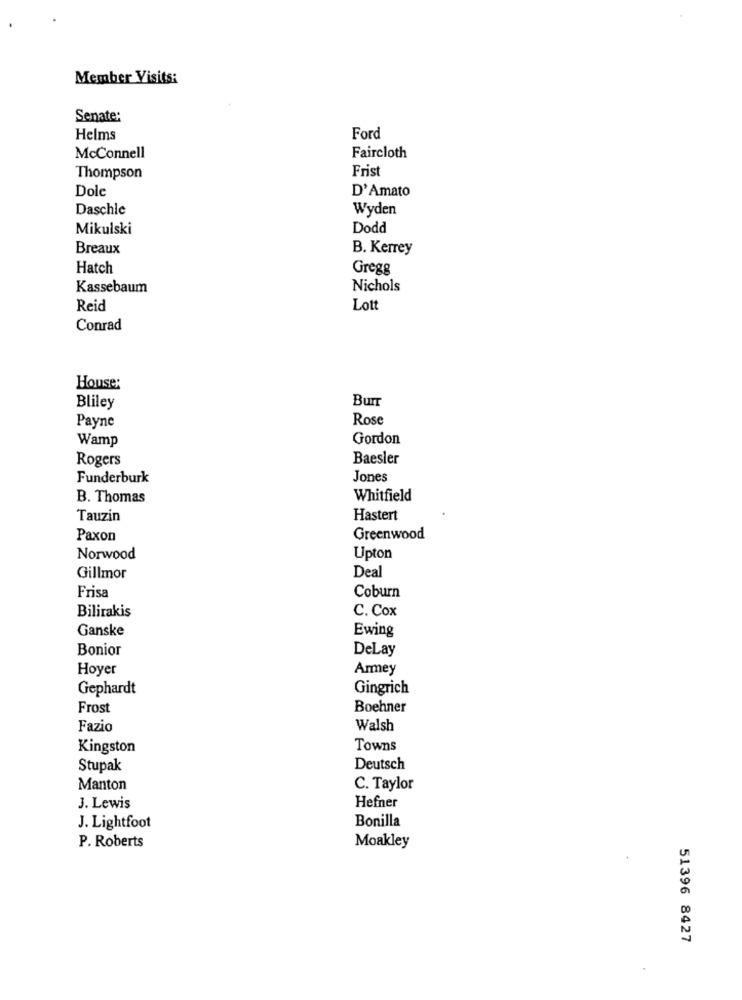
Member Visits:
Senate:
Helms
Ford
McConnell
Faircloth
Frist
Thompson
Dole
D'Amato
Daschic
Wyden
Mikulski
Dodd
Breaux
B. Kerrey
Hatch
Gregg
Kassebaum
Nichols
Reid
Lott
Conrad
House:
BuIT
Bliley
Payne
Rose
Wamp
Gordon
Rogers
Baesler
Funderburk
Jones
B. Thomas
Whitfield
Tauzin
Hastert
Paxon
Greenwood
Norwood
Upton
Gillmor
Deal
Frisa
Coburn
Bilirakis
C. Cox
Ganske
Ewing
Bonior
DeLay
Hoyer
Armey
Gephardt
Gingrich
Frost
Boehner
Fazio
Walsh
Kingston
Towns
Stupak
Deutsch
Manton
C. Taylor
J. Lewis
Hefner
Bonilla
J. Lightfoot
P. Roberts
Moakley
51396 8427